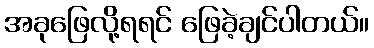
အခုဖြေလို့ရရင် ဖြေခဲ့ချင်ပါတယ်။